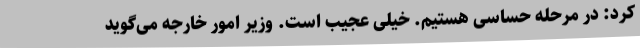
کرد: در مرحله حساسی هستیم. خیلی عجیب است. وزیر امور خارجه می‌گوید